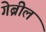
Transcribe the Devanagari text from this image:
गेब्रील